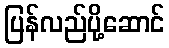
ပြန်လည်ပို့ဆောင်